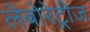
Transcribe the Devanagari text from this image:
लेबोरेट्रीज